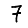
Digit: 7